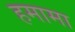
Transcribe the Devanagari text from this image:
हमामा